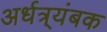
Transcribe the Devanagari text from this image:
अर्धत्र्यंबक